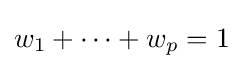
w_{1}+\cdots +w_{p}=1